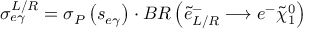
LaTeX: \sigma _ { e \gamma } ^ { L / R } = \sigma _ { P } \left( s _ { e \gamma } \right) \cdot B R \left( \tilde { e } _ { L / R } ^ { - } \longrightarrow e ^ { - } \tilde { \chi } _ { 1 } ^ { 0 } \right)